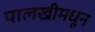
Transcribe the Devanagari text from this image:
पालखीमधून